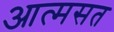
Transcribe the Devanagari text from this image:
आत्मसत